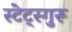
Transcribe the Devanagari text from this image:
स्टेट्स्गुरू